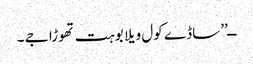
ــ’’ساڈے کول ویلا بوہت تھوڑا جے ۔